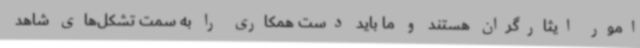
امور ایثارگران هستند و ما باید دست همکاری را به سمت تشکل‌های شاهد